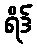
ရိဒ်